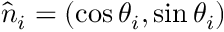
\hat { n } _ { i } = ( \cos \theta _ { i } , \sin \theta _ { i } )